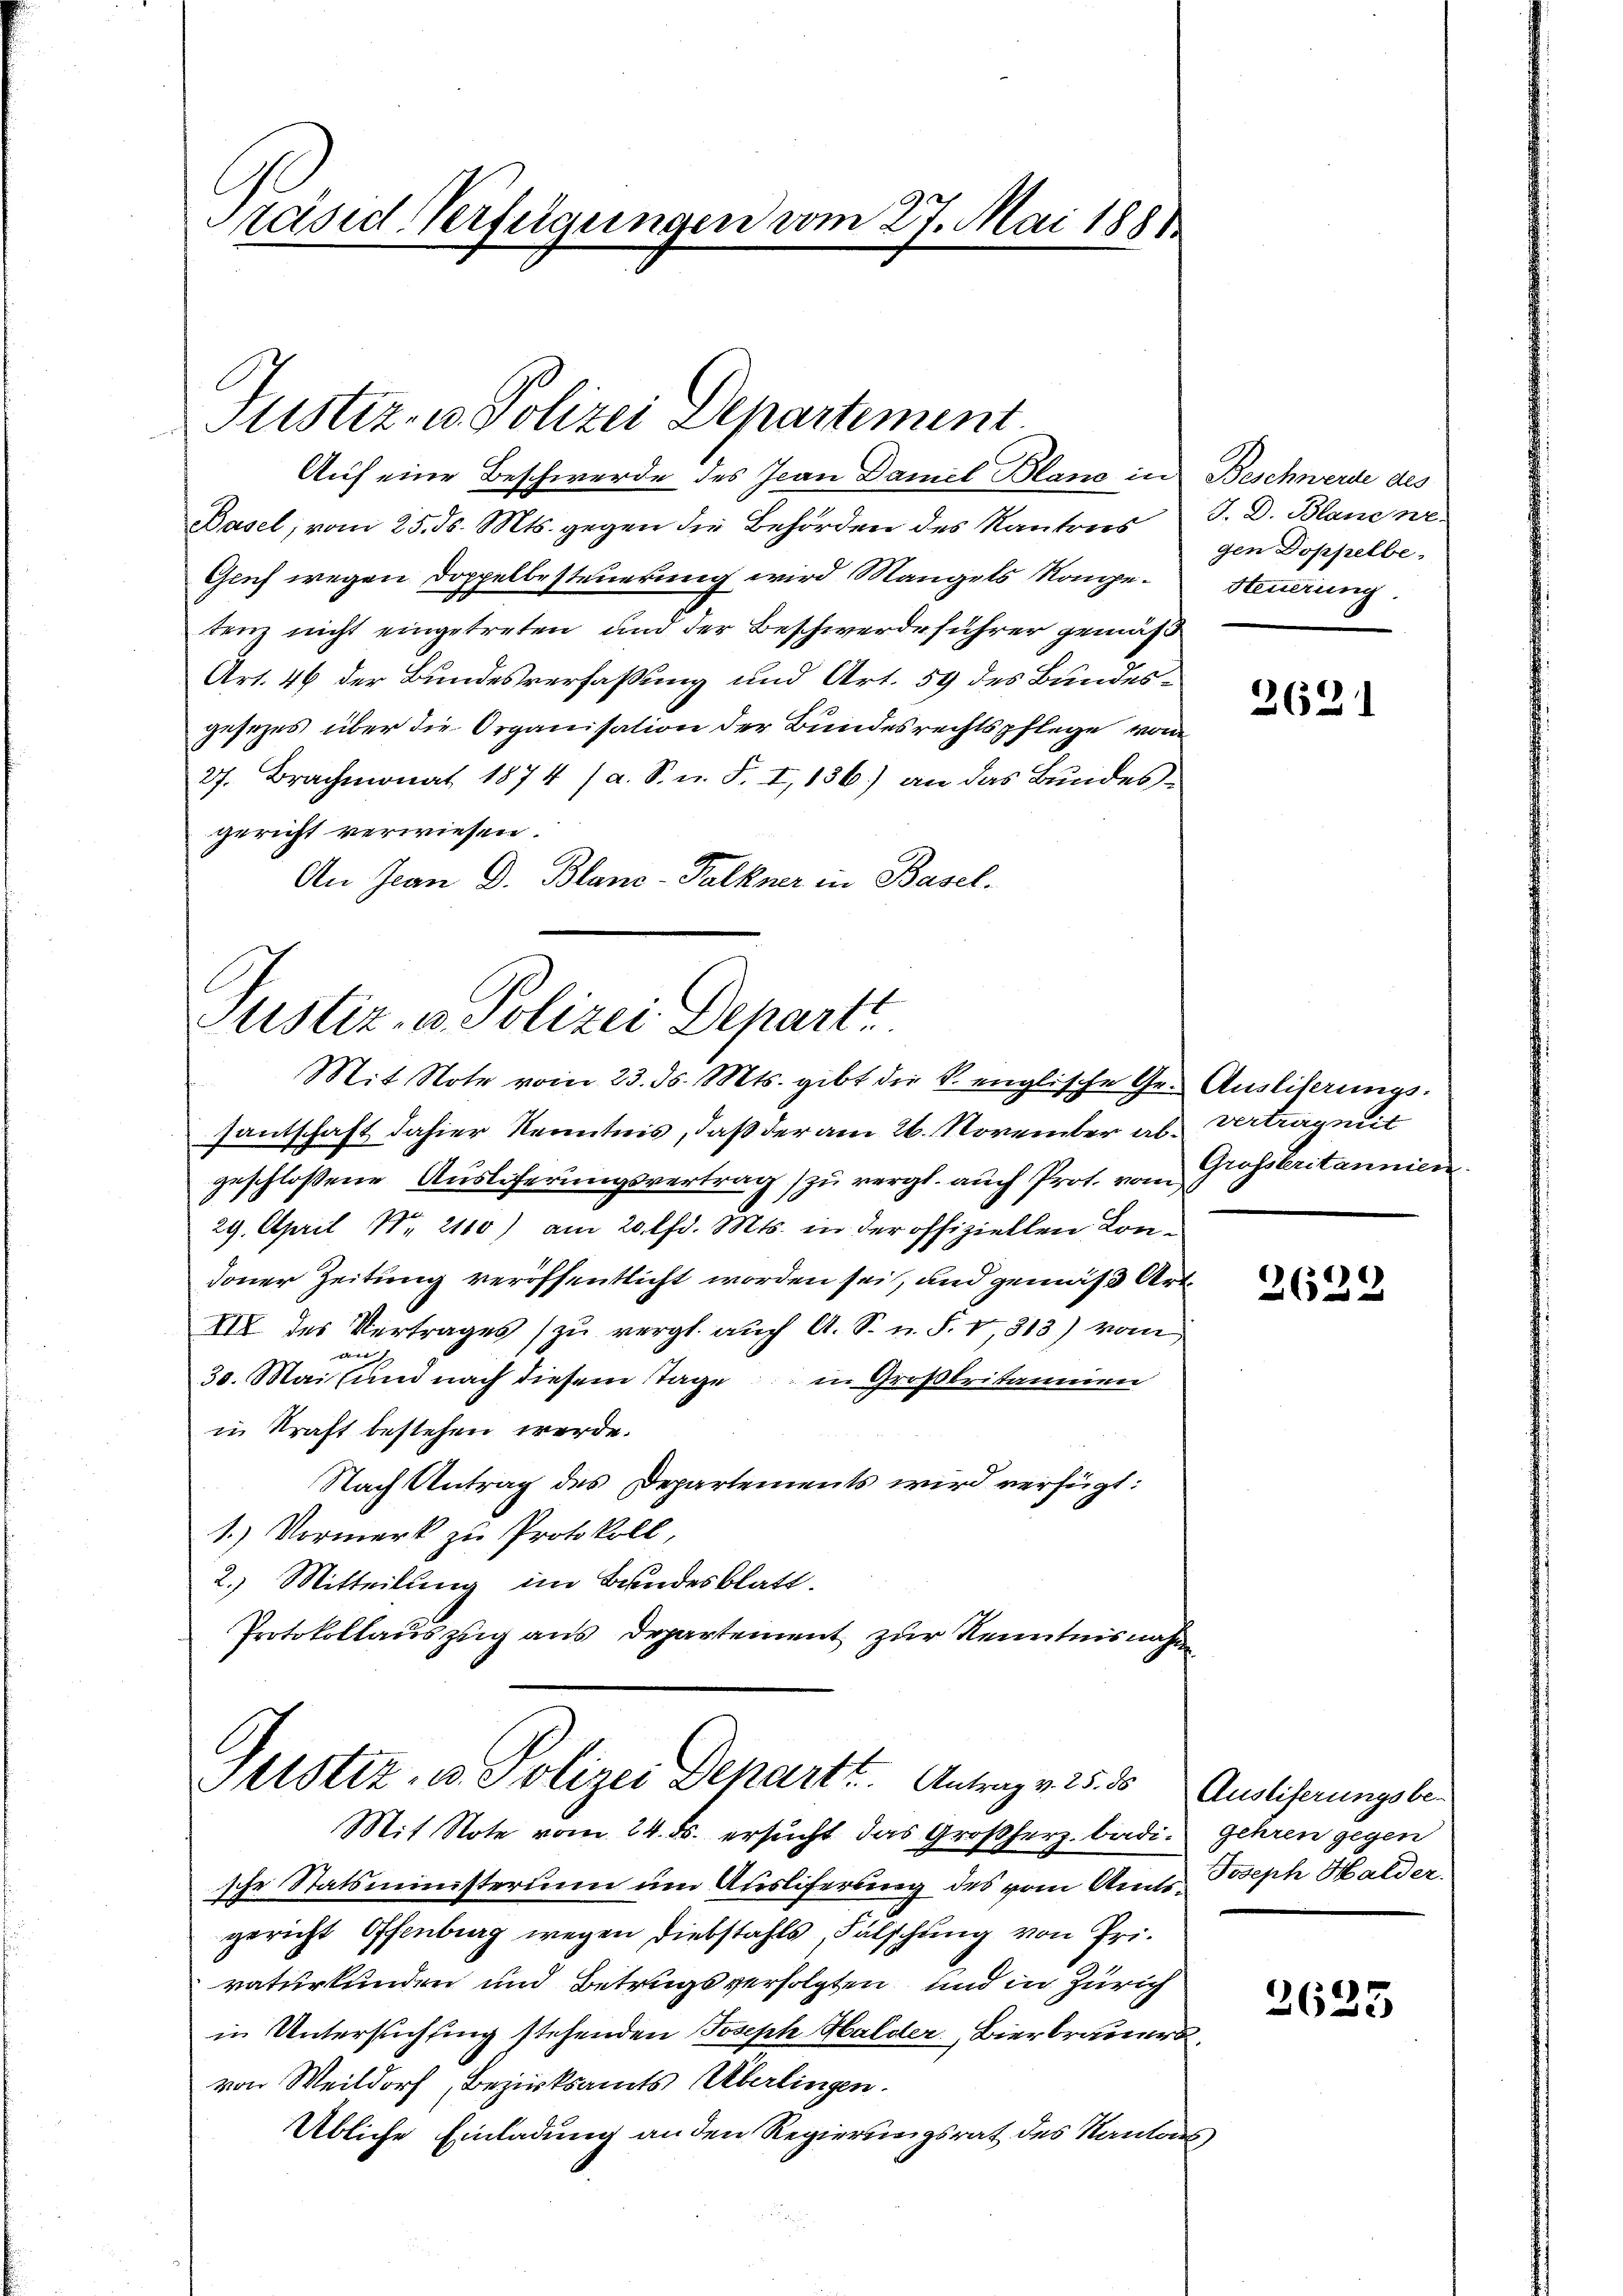
Präsid. Verfügungen vom 27. Mai 1888

Basel, vom 25. ds. Mts. gegen die Behörden des Kantons
Genf wegen Doppelbesteuerung wird Mangels Kompetenz nicht eingetreten und der Beschwerdeführer gemäß
Art. 46 der Bundesverfaßung und Art. 59 des Bundesgesezes über die Organisation der Bundesrechtspflege von
27. Brachmonat 1874 (a. S. n. F. I,136) an das Bŭndes-
gericht verwiesen.
An Jean D. Blanc-Falkner in Basel.

Justiz- u. Polizei Departement.
Auf eine Beschwerde des Jean Damel Blana in Beschwerde des

Justiz- u Polizei Depart
Mit Note vom 23. ds. Mts. gibt die k. englische Ge- Ausliserungs-

Justiz- u. Polizei Departt. Antrag v. 25. ds

santschaft dahier Kenntnis, daß der am 26. November al. vertrag mit
geschlossene Auslieferungsvertrag zu vergl. auch Prot. vom Grossbritannien
29. April Nr. 2110) am 20 lfd. Mts. in der offiziellen Kondoner Zeitung veröffentlicht worden sei, und gemäß Art.
VIV des Vertrages zu vergl. auch A. S. n. F. 1313) vom
au
30. Mai und nach diesem Tage in Großbritannien
in Kraft bestehen werde.
Nach Antrag des Departements wird verfügt:
1.) Vormerk zu Protokoll
2.) Mitteilung im Bundesblatt.
Protokollauszug aus Departement zur Kenntnisnahme

J. D. Blanone.
gen Doppelbe
Steuerung.

Mit Note vom 24. ds. ersucht das Großherz badi- Gehren gegen
sche Statsministerium um Ausliferung des vom Amts Joseph Halder.
gericht Offenburg wegen Diebstahls Falschung von Privaturkunden und Betrugsverfolgten und in Zürich
in Untersuchtung stehenden Joseph Halder, Bierbrauers
von Weildorf, Bezirksamts Überlingen.
Übliche Einladung an den Regierungsrat des Kantons

2621

2629

Ausliferungsbe-

2625